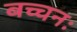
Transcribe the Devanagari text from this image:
बच्चनः